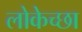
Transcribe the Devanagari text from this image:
लोकेच्छा